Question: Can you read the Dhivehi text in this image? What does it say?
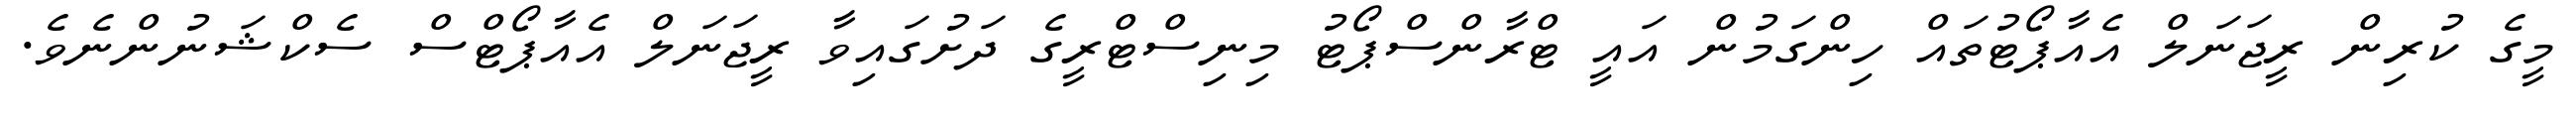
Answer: މީގެ ކުރިން ރީޖަނަލް އެއާޕޯޓުތައް ހިންގަމުން އައީ ޓްރާންސްޕޯޓު މިނިސްޓްރީގެ ދަށުގައިވާ ރީޖަނަލް އެއާޕޯޓްސް ސެކްޝަނުންނެވެ.